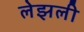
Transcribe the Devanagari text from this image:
लेझली